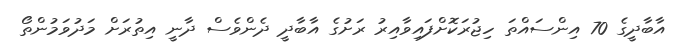
އާބާދީގެ 70 އިންސައްތަ ހިޖުރަކޮށްފައިވާއިރު ރަށުގެ އާބާދީ ދެންވެސް ދާނީ އިތުރަށް މަދުވަމުންތޯ